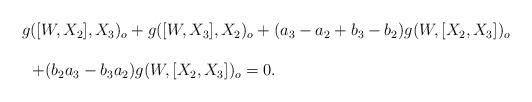
LaTeX: \begin{align*} \begin{array}{lll} && g([W, X_2], X_3)_o+g([W, X_3], X_2)_o+(a_3-a_2+b_3-b_2)g(W, [X_2, X_3])_o\ \\\\&&\ \ +(b_2a_3-b_3a_2)g(W, [X_2, X_3])_o=0.\end{array}\end{align*}